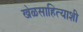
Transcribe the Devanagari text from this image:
खेळसाहित्याशी